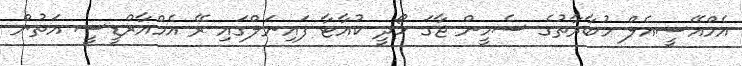
އެމްއޭސީއެލް މުބާރާތުގެ ސެމީން ޖާގަ ހޯދީ ކުއާޓާ ފައިނަލްގައި ރޭ އެމްއާރްޑީސީ އަތުން